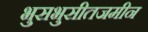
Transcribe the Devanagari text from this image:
भुसभुसीतजमीन